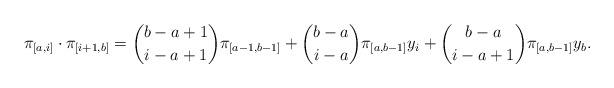
LaTeX: \begin{align*}\pi_{[a,i]}\cdot \pi_{[i+1,b]} = \binom{b-a+1}{i-a+1}\pi_{[a-1,b-1]}+\binom{b-a}{i-a}\pi_{[a,b-1]}y_i +\binom{b-a}{i-a+1} \pi_{[a,b-1]}y_{b} .\end{align*}